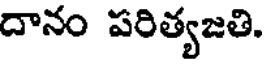
దానం పరిత్యజతి.